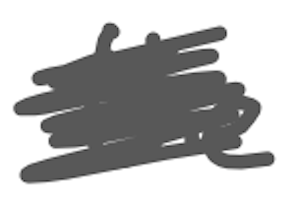
Text: the
Cross-out: scratch
Writing tool: digital_gray